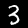
Label: 3